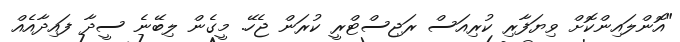
"އޮންލައިންކޮށް ވިޔަފާރި ކުރިއަސް ރަޖިސްޓްރީ ކުރަން ޖެހޭ. މީގެން ލިބޭނެ ސީދާ ފައިދާއެއް